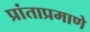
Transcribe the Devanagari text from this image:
प्रांताप्रमाणे